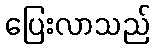
ပြေးလာသည်